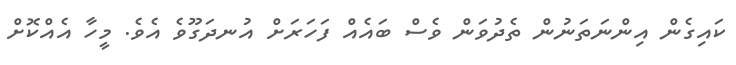
ކައިގެން އިންނަތަނުން ތެދުވަން ވެސް ބައެއް ފަހަރަށް އުނދަގޫވެ އެވެ. މީހާ އެއްކޮށް